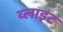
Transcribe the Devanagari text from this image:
व्‍लाइट